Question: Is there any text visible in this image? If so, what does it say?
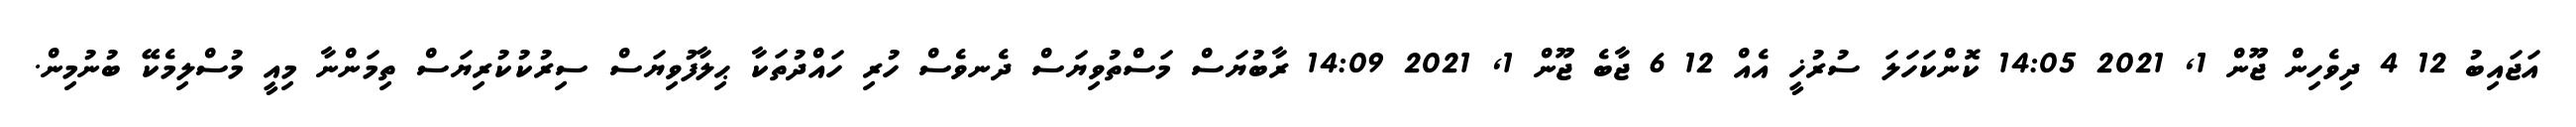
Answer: އަޖައިބު 12 4 ދިވެހިން ޖޫން 1, 2021 14:05 ކޮންކަހަލަ ސުރުޚީ އެއް 12 6 ޖާބެ ޖޫން 1, 2021 14:09 ރާބުޔަސް މަސްތުވިޔަސް ދެނވެސް ހުރި ހައްދުތަކާ ޙިލާފުވިޔަސް ސިރުކުކުރިޔަސް ތިމަންނާ މިއީ މުސްލިމެކޭ ބުނުމިން.